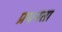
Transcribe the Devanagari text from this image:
प्रधनता